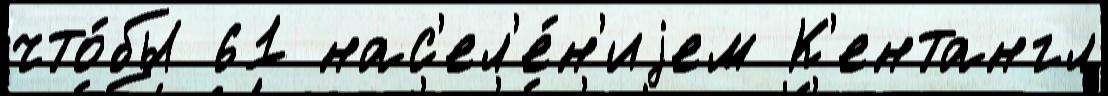
что́бы 61 нас'ел'е́н'иjем К'ентангл